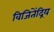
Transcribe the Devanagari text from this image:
विजितेंद्रिय